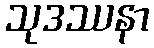
သုဒဿနာ